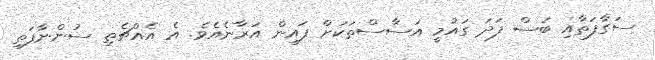
ސަގާފަތާއި ބަސް ފަދަ ގައުމީ އަސާސްތަކަށް ފައިން އަރާނެއެވެ. އެ އެއްޗެތި ސުންނާފަތި